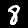
Label: 8